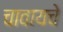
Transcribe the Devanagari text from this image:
चावायचे